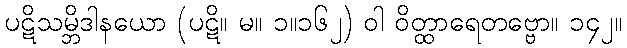
ပဋိသမ္ဘိဒါနယော (ပဋိ။ မ။ ၁။၁၆၂) ဝါ ဝိတ္ထာရေတဗ္ဗော။ ၁၄၂။